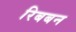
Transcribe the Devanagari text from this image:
रिबबन